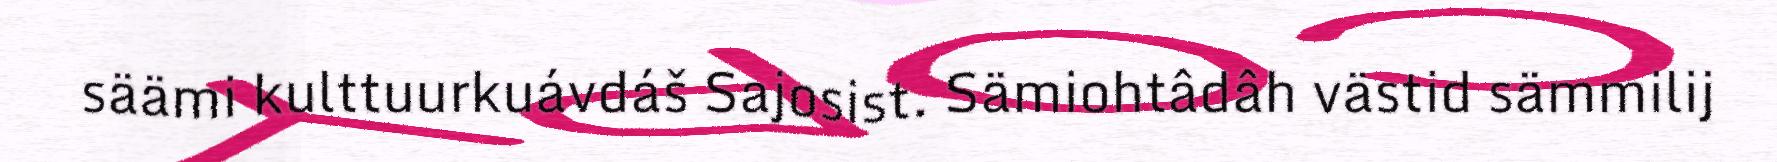
säämi kulttuurkuávdáš Sajosist. Sämiohtâdâh västid sämmilij